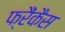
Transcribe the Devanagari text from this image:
फ्रैंकैस